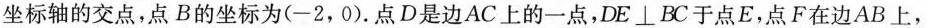
坐标轴的交点，点B的坐标为(-2，0)。点D是边AC上的一点，DE\bot BC于点E，点F在边AB上，